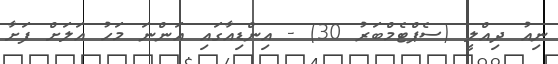
ނިއު ދިއްލީ (ސެޕްޓެމްބަރު 30) - އިންޑިއާގައި އަންނަ މަހު އަލަށް ފަށާ